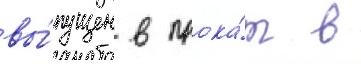
вы́пущен в прока́т в